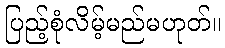
ပြည့်စုံလိမ့်မည်မဟုတ်။